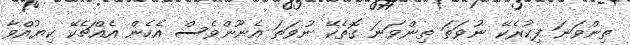
ތިންވަނަ ފިކުރެކޭ ނުވަތަ ތިންވަނަ ގޮތެކޭ ނުވަތަ އެނޫންވެސް އެހެން އެއްޗެކޭ ކިޔުއްވާ